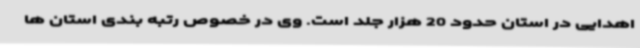
اهدایی در استان حدود 20 هزار جلد است. وی در خصوص رتبه بندی استان ها